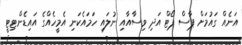
އަނެއް ގައުމަށް ޕާސް ޕޯޓް އަދި ވިސާއާއި ނުލައި ހަމައެކަނި އެމީހެއްގެ އައިޑެންޓިޓީ